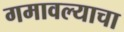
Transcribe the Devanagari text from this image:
गमावल्याचा